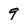
Character: 9